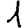
Digit: 1